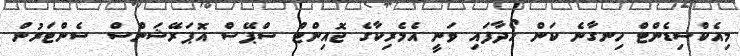
މިއެކްސިޑެންޓް ހިނގާނެ ކަން ހޯދާފައި ވަނީ އެމެރިކާގެ ޖޮއިންޓް ސްޕޭސް އޮޕަރޭޝަންސް ސެންޓަރުން